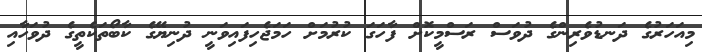
މިއަހަރުގެ ދަނޑުވެރިންގެ ދުވަސް ރަސްމީކޮށް ފާހަގަ ކުރުމަށް ހަމަޖެހިފައިވަނީ ދުނިޔޭގެ ކާބޯތަކެތީގެ ދުވަހާއި